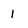
Character: 1